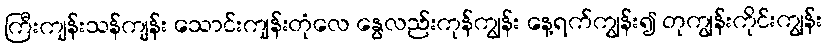
ကြီးကျန်းသန်ကျန်း သောင်းကျန်းတုံလေ နွေလည်းကုန်ကျွန်း နေ့ရက်ကျွန်း၍ တုကျွန်းကိုင်းကျွန်း